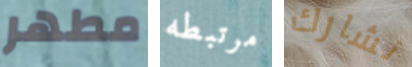
مطهر مرتبطه نشارك